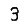
Digit: 3